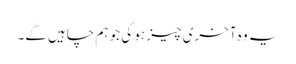
یہ وہ آخری چیز ہو گی جو ہم چاہیں گے۔